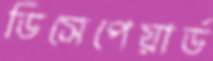
ডিসেপেয়ার্ড